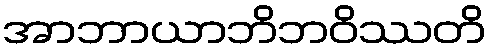
အာဘာယာဘိဘဝိဿတိ